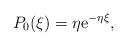
LaTeX: \begin{align*}P_0(\xi) = \eta \mathrm{e}^{-\eta \xi},\end{align*}